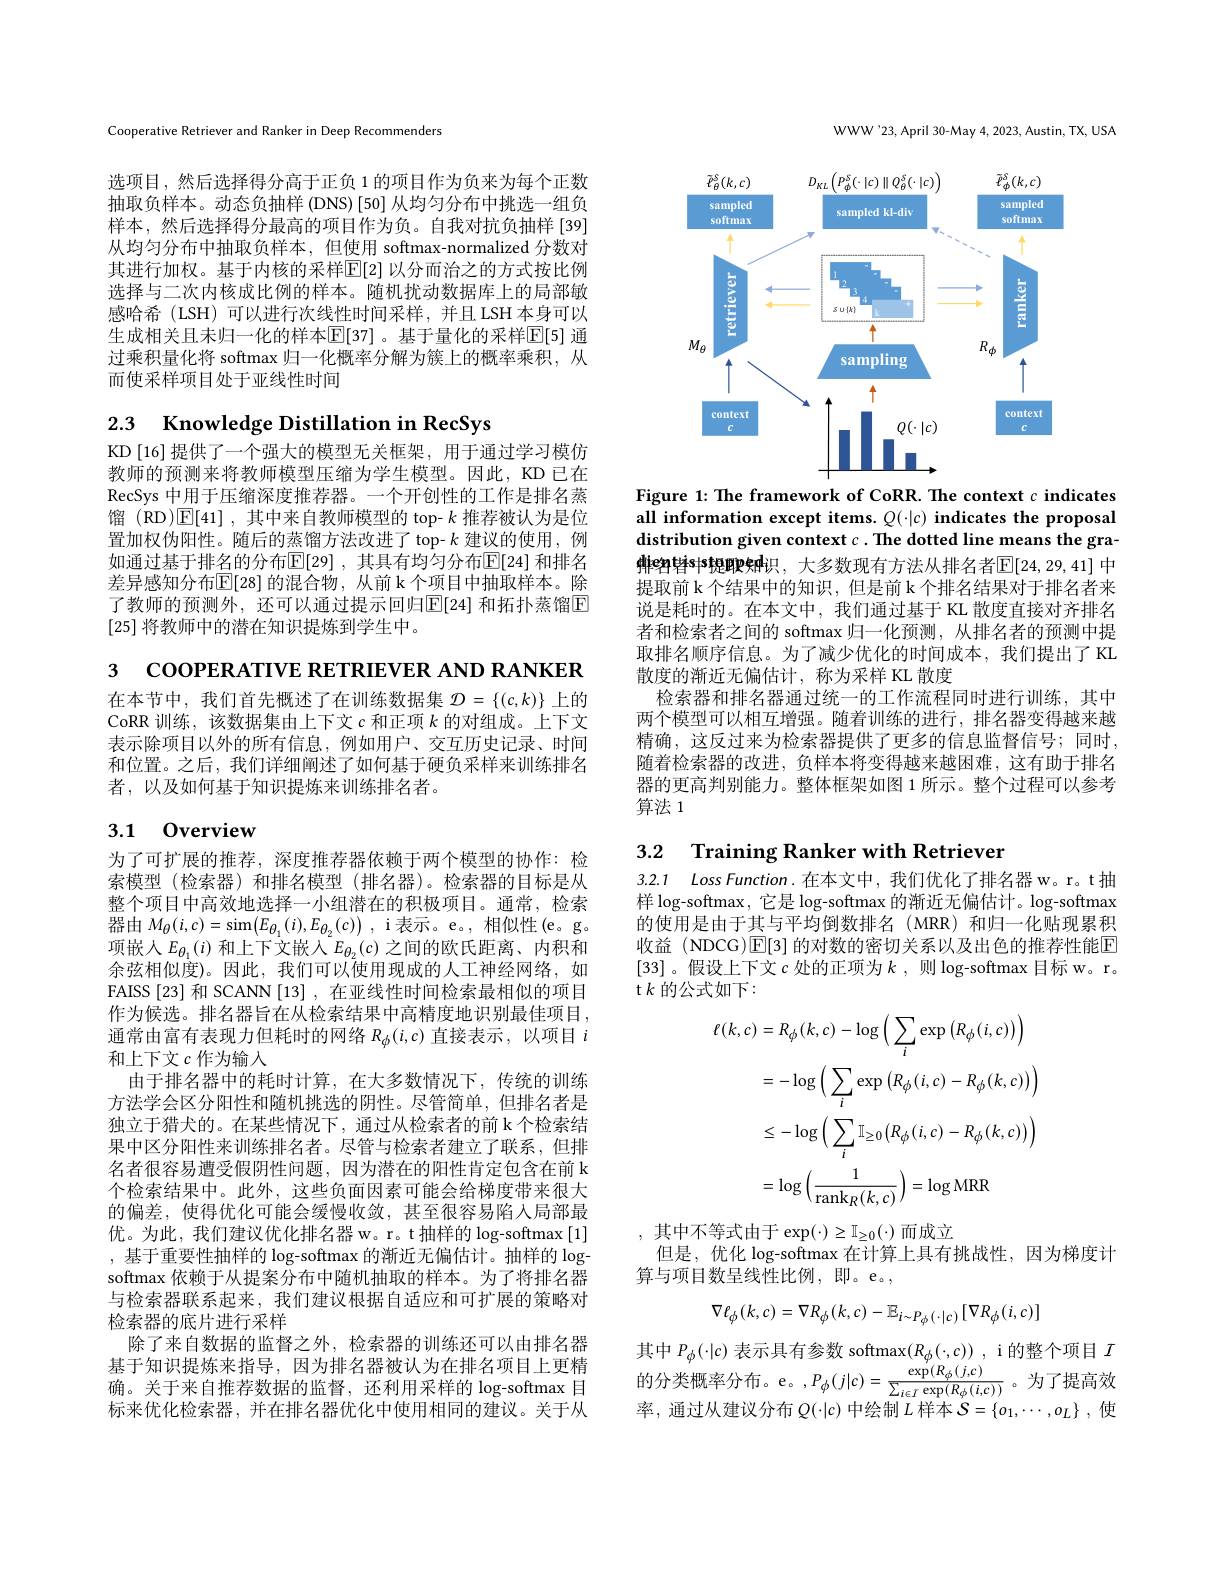
Cooperative Retriever and Ranker in Deep Recommenders

选项目，然后选择得分高于正负 1 的项目作为负来为每个正数抽取负样本。动态负抽样 (DNS)[50] 从均匀分布中挑选一组负样本，然后选择得分最高的项目作为负。自我对抗负抽样[39] 从均匀分布中抽取负样本，但使用 softmax-normalized 分数对其进行加权。基于内核的采样$\mathbb{E}[2]$ 以分而治之的方式按比例选择与二次内核成比例的样本。随机扰动数据库上的局部敏感哈希 (LSH) 可以进行次线性时间采样，并且 LSH 本身可以生成相关且未归一化的样本$\mathbb{E}[37]$。基于量化的采样E[5] 通过乘积量化将 softmax 归一化概率分解为簇上的概率乘积，从而使采样项目处于亚线性时间

# 2.3 Knowledge Distillation in RecSys

KD [16] 提供了一个强大的模型无关框架，用于通过学习模仿教师的预测来将教师模型压缩为学生模型。因此，KD 已在RecSys 中用于压缩深度推荐器。一个开创性的工作是排名蒸馏(RD)$\mathbb{E}[41]$,其中来自教师模型的 top- $k$ 推荐被认为是位置加权伪阳性。随后的蒸馏方法改进了 top- $k$建议的使用，例如通过基于排名的分布$\operatorname{E}[29]$ ,其具有均匀分布$\operatorname{E}[24]$ 和排名差异感知分布$\overline{\mathbb{E}}[28]$ 的混合物，从前 k 个项目中抽取样本。除了教师的预测外，还可以通过提示回归$\mathbb{E}[24]$ 和拓扑蒸馏$\mathbb{E}$ [25]将教师中的潜在知识提炼到学生中。

3 COOPERATIVE RETRIEVER AND RANKER

在本节中，我们首先概述了在训练数据集$\mathcal{D}=\{(c,k)\}$上的CoRR 训练，该数据集由上下文$c$和正项$k$的对组成。上下文表示除项目以外的所有信息，例如用户、交互历史记录、时间和位置。之后，我们详细阐述了如何基于硬负采样来训练排名者，以及如何基于知识提炼来训练排名者。

# 3.1 0verview

为了可扩展的推荐，深度推荐器依赖于两个模型的协作：检索模型 (检索器) 和排名模型 (排名器)。检索器的目标是从整个项目中高效地选择一小组潜在的积极项目。通常，检索器由$M_{\theta}(i,c)=\operatorname{sim}(E_{{\theta_{1}}}(i),E_{{\theta_{2}}}(c))$ , i 表示。e。, 相似性 (e。g。项嵌入$E_{\theta_1}(i)$ 和上下文嵌入$E_\theta_2(c)$之间的欧氏距离、内积和余弦相似度)。因此，我们可以使用现成的人工神经网络，如FAISS[23] 和 SCANN[13] ,在亚线性时间检索最相似的项目作为候选。排名器旨在从检索结果中高精度地识别最佳项目， 通常由富有表现力但耗时的网络$R_\phi(i,c)$直接表示，以项目$i$ 和上下文$c$作为输入
由于排名器中的耗时计算，在大多数情况下，传统的训练方法学会区分阳性和随机挑选的阴性。尽管简单，但排名者是独立于猎犬的。在某些情况下，通过从检索者的前 k 个检索结果中区分阳性来训练排名者。尽管与检索者建立了联系，但排名者很容易遭受假阴性问题，因为潜在的阳性肯定包含在前 k 个检索结果中。此外，这些负面因素可能会给梯度带来很大的偏差，使得优化可能会缓慢收敛，甚至很容易陷入局部最优。为此，我们建议优化排名器 w。r。t 抽样的 log-softmax [1] , 基于重要性抽样的 log-softmax 的渐近无偏估计。抽样的$\log$- softmax 依赖于从提案分布中随机抽取的样本。为了将排名器与检索器联系起来，我们建议根据自适应和可扩展的策略对检索器的底片进行采样
除了来自数据的监督之外，检索器的训练还可以由排名器基于知识提炼来指导，因为排名器被认为在排名项目上更精确。关于来自推荐数据的监督，还利用采样的 log-softmax 目标来优化检索器，并在排名器优化中使用相同的建议。关于从

WWW'23, April 30-May 4, 2023, Austin, TX, USA

<FigureHere>

Figure 1: The framework of CoRR. The context c indicates all information except items. $Q(\cdot|c)$ indicates the proposal distribution given context $c. \textbf{The dotted line means the gra- }$

排eptris中提取知d识，大多数现有方法从排名者E[24,29,41] 中提取前 k 个结果中的知识，但是前 k 个排名结果对于排名者来说是耗时的。在本文中，我们通过基于 KL 散度直接对齐排名者和检索者之间的 softmax 归一化预测，从排名者的预测中提取排名顺序信息。为了减少优化的时间成本，我们提出了 KL 散度的渐近无偏估计，称为采样 KL 散度
检索器和排名器通过统一的工作流程同时进行训练，其中两个模型可以相互增强。随着训练的进行，排名器变得越来越精确，这反过来为检索器提供了更多的信息监督信号；同时， 随着检索器的改进，负样本将变得越来越困难，这有助于排名器的更高判别能力。整体框架如图 1 所示。整个过程可以参考算法 1

## 3.2 Training Ranker with Retrieven

3.2.1 $LossFunction.$在本文中，我们优化了排名器 w。r。t 抽样 log-softmax, 它是 log-softmax 的渐近无偏估计。log-softmax 的使用是由于其与平均倒数排名(MRR)和归一化贴现累积收益 (NDCG)$\operatorname{\overline{\mathrm{E}}[3]}$的对数的密切关系以及出色的推荐性能$\operatorname{\overline{\mathrm{E}}}$ [33] 。假设上下文$c$处的正项为$k$,则 log-softmax 目标 w。r。t$k$的公式如下：
$$\begin{aligned}\ell(k,c)&=R_{\phi}(k,c)-\log\left(\sum_{i}\exp\left(R_{\phi}(i,c)\right)\right)\\&=-\log\left(\sum_{i}\exp\left(R_{\phi}(i,c)-R_{\phi}(k,c)\right)\right)\\&\leq-\log\left(\sum_{i}\mathbb{I}_{\geq0}\left(R_{\phi}(i,c)-R_{\phi}(k,c)\right)\right)\\&=\log\left(\frac{1}{\mathrm{rank}_{R}(k,c)}\right)=\log\mathrm{MRR}\end{aligned}$$
,其中不等式由于 exp$(\cdot)\geq\mathbb{I}_\geq0(\cdot)$而成立
但是，优化 log-softmax 在计算上具有挑战性，因为梯度计
算与项目数呈线性比例，即。e。,
$$\nabla\ell_{\phi}(k,c)=\nabla R_{\phi}(k,c)-\mathbb{E}_{i\sim P_{\phi}(\cdot|c)}[\nabla R_{\phi}(i,c)]$$
其中$P_\phi(\cdot|c)$表示具有参数 softmax$(R_\phi(\cdot,c))$ , i 的整个项目$I$ 的分类概率分布。e。,$P_\phi(j|c)=\frac{\exp^{\prime}(R_\phi(j,c)}{\sum_{i\in I}\exp(R_\phi(i,c))}$。为了提高效率，通过从建议分布$Q(\cdot|c)$中绘制$L$样本$\mathcal{S}=\{o_1,\cdots,o_L\}$ ,使